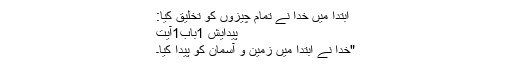
ابتدا میں خُدا نے تمام چیزوں کو تخلیق کیا:
پیدایش 1باب1آیت
"خُدا نے ابتدا میں زمین و آسمان کو پیدا کیا۔